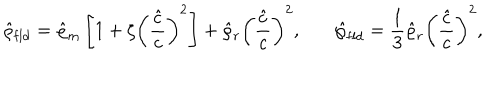
\hat { \varrho } _ { \mathrm { f l d } } = \hat { \varrho } _ { m } \left[ 1 + \zeta \left( { \frac { \hat { c } } { c } } \right) ^ { 2 } \right] + \hat { \varrho } _ { r } \left( { \frac { \hat { c } } { c } } \right) ^ { 2 } , \ \ \ \hat { \wp } _ { \mathrm { f l d } } = { \frac { 1 } { 3 } } \hat { \varrho } _ { r } \left( { \frac { \hat { c } } { c } } \right) ^ { 2 } ,